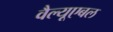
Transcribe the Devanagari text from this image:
वैल्यूएबल